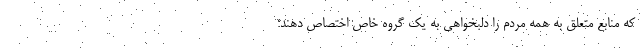
که منابع متعلق به همه مردم را دلبخواهی به یک گروه خاص اختصاص دهند؛